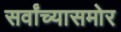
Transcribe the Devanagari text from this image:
सर्वांच्यासमोर